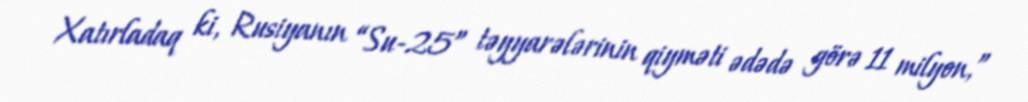
Xatırladaq ki, Rusiyanın “Su-25” təyyarələrinin qiyməti ədədə görə 11 milyon,”